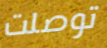
توصلت